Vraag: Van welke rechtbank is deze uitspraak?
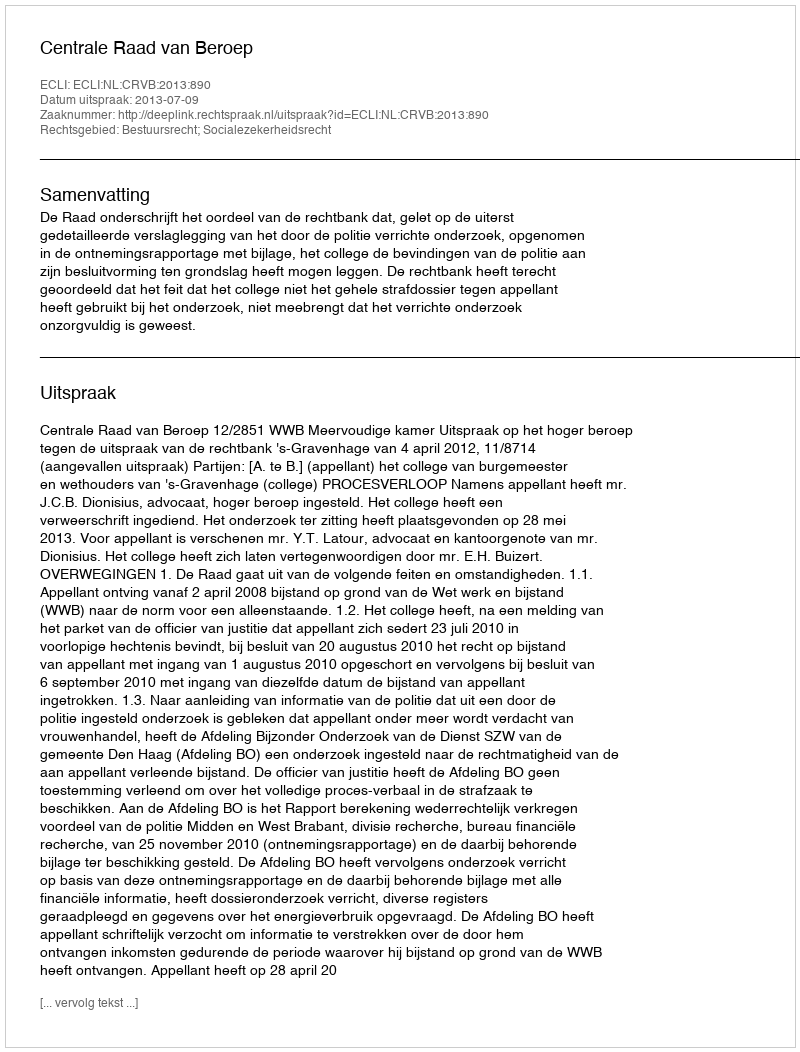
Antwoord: Centrale Raad van Beroep